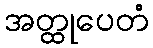
အတ္ထုပေတံ